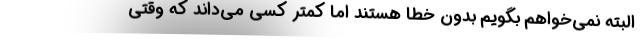
البته نمی‌خواهم بگویم بدون خطا هستند اما کمتر کسی می‌داند که وقتی